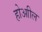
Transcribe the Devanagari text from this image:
होआील